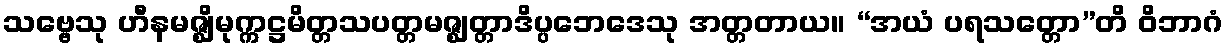
သဗ္ဗေသု ဟီနမဇ္ဈိမုက္ကဋ္ဌမိတ္တသပတ္တမဇ္ဈတ္တာဒိပ္ပဘေဒေသု အတ္တတာယ။ “အယံ ပရသတ္တော”တိ ဝိဘာဂံ